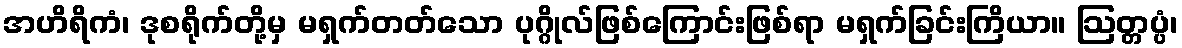
အဟိရိကံ၊ ဒုစရိုက်တို့မှ မရှက်တတ်သော ပုဂ္ဂိုလ်ဖြစ်ကြောင်းဖြစ်ရာ မရှက်ခြင်းကြိယာ။ ဩတ္တပ္ပံ၊